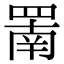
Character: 罱